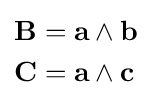
{\begin{aligned}\mathbf {B} &=\mathbf {a} \wedge \mathbf {b} \\\mathbf {C} &=\mathbf {a} \wedge \mathbf {c} \end{aligned}}